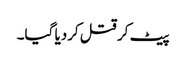
پیٹ کر قتل کردیا گیا۔